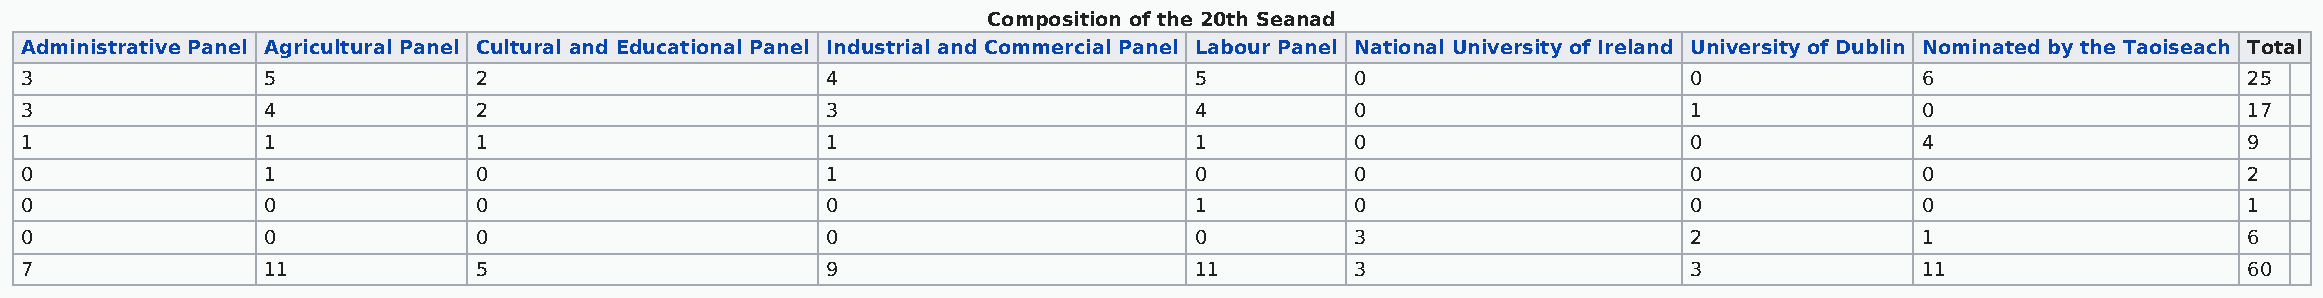
Composition of the 20th Seanad
 Administrative Panel Agricultural Panel Cultural and Educational Panel Industrial and Commercial Panel Labour Panel National University of Ireland University of Dublin Nominated by the Taoiseach Total
 3               5             2                       4                       5          0                     0              6                     25
 3               4             2                       3                       4          0                     1              0                     17
 1               1             1                       1                       1          0                     0              4                     9
 0               1             0                       1                       0          0                     0              0                     2
 0               0             0                       0                       1          0                     0              0                     1
 0               0             0                       0                       0          3                     2              1                     6
 7               11            5                       9                       11         3                     3              11                    60